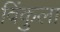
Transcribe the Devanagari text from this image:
विंकुला